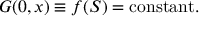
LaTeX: { \cal G } ( 0 , x ) \equiv f ( { \cal S } ) = \mathrm { c o n s t a n t } .